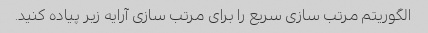
الگوریتم مرتب سازی سریع را برای مرتب سازی آرایه زیر پیاده کنید.